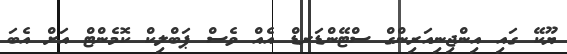
ޔޫކޭ ގައި އިންޖިނިއަރިންގް ސްޓޭންޑަރޑް އެއް ވެސް ޕަބްލިކް ކޮމެންޓް އަށް އެބަ